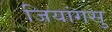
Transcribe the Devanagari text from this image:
जियांगसु